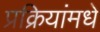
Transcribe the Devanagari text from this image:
प्रक्रियांमधे